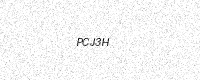
Text: PCJ3H